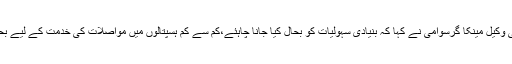
درخواست گزار کی وکیل مینکا گرسوامی نے کہا کہ بنیادی سہولیات کو بحال کیا جانا چاہئے،کم سے کم ہسپتالوں میں مواصلات کی خدمت کے لیے بحال کیا جانا چاہئے۔